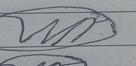
Signature authenticity: forged